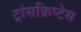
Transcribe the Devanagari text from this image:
ट्रांसक्रिप्टेस